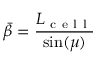
\Bar { \beta } = \frac { L _ { \mathrm { ~ c ~ e ~ l ~ l ~ } } } { \sin ( \mu ) }